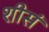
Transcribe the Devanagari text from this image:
शीसं